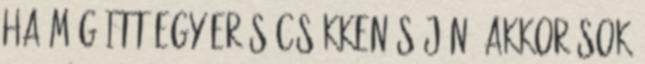
Ha még itt egy erős csökkenés jön, akkor sok